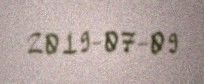
2019-07-09